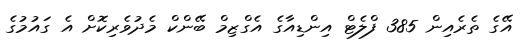
އޭގެ ތެރެއިން 385 ފްލެޓް އިންޑިއާގެ އެގްޒިމް ބޭންކް މެދުވެރިކޮށް އެ ގައުމުގެ